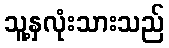
သူ့နှလုံးသားသည်